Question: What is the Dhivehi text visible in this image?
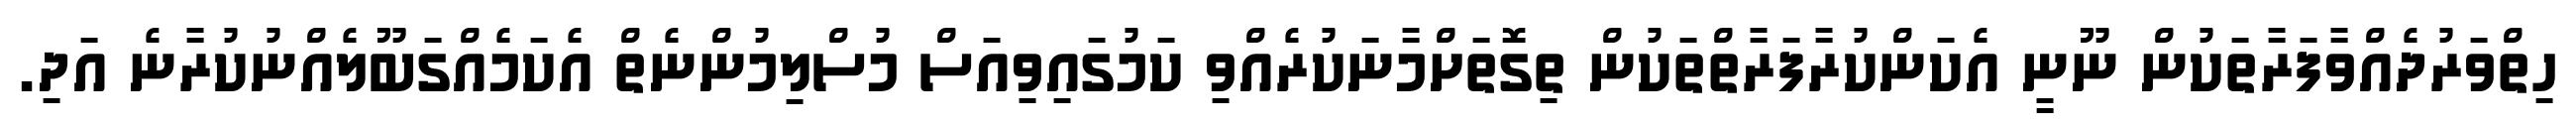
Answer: ހިތްވަރުދެއްވާފަރާތަކުން ނޫނީ އެކަންކުރާފަރާތްތަކުން ތިގޮތަށްމާނަކުރެއްވި ކަމުގައިވިއަސް މުސްލިމުންނެތް އެކަމެއްގަބޫލެއްނުކުރާނެ އަދި.